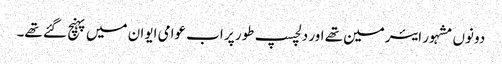
دونوں مشہور ایئرمین تھے اور دلچسپ طور پر اب عوامی ایوان میں پہنچ گئے تھے۔